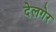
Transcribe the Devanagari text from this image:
देलगेर